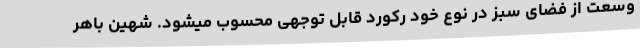
وسعت از فضای سبز در نوع خود رکورد قابل توجهی محسوب میشود. شهین باهر